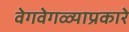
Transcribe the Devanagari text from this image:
वेगवेगळ्याप्रकारे